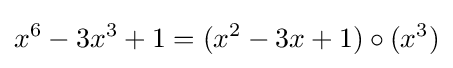
x^{6}-3x^{3}+1=(x^{2}-3x+1)\circ (x^{3})